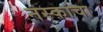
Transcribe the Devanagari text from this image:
नस्कांचा